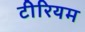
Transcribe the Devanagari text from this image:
टीरियम